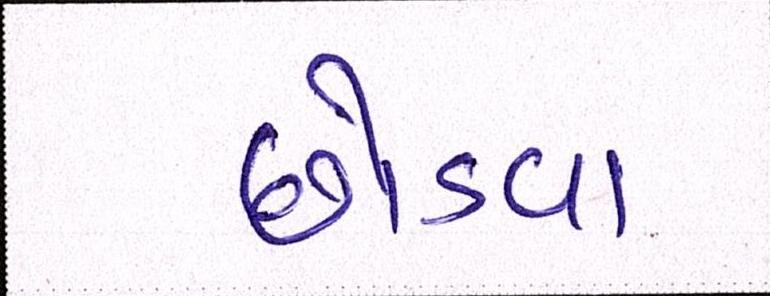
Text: છોડવા